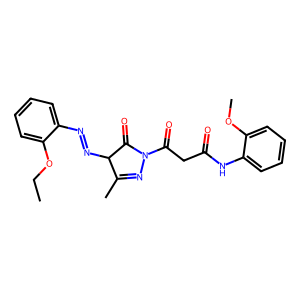
SMILES: CCOc1ccccc1N=NC1C(=O)N(C(=O)CC(=O)Nc2ccccc2OC)N=C1C
Inhibits HIV replication: No